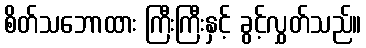
စိတ်သဘောထား ကြီးကြီးနှင့် ခွင့်လွှတ်သည်။